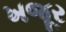
ખજૂર